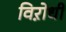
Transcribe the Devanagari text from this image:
विऱोधी